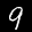
Label: 9